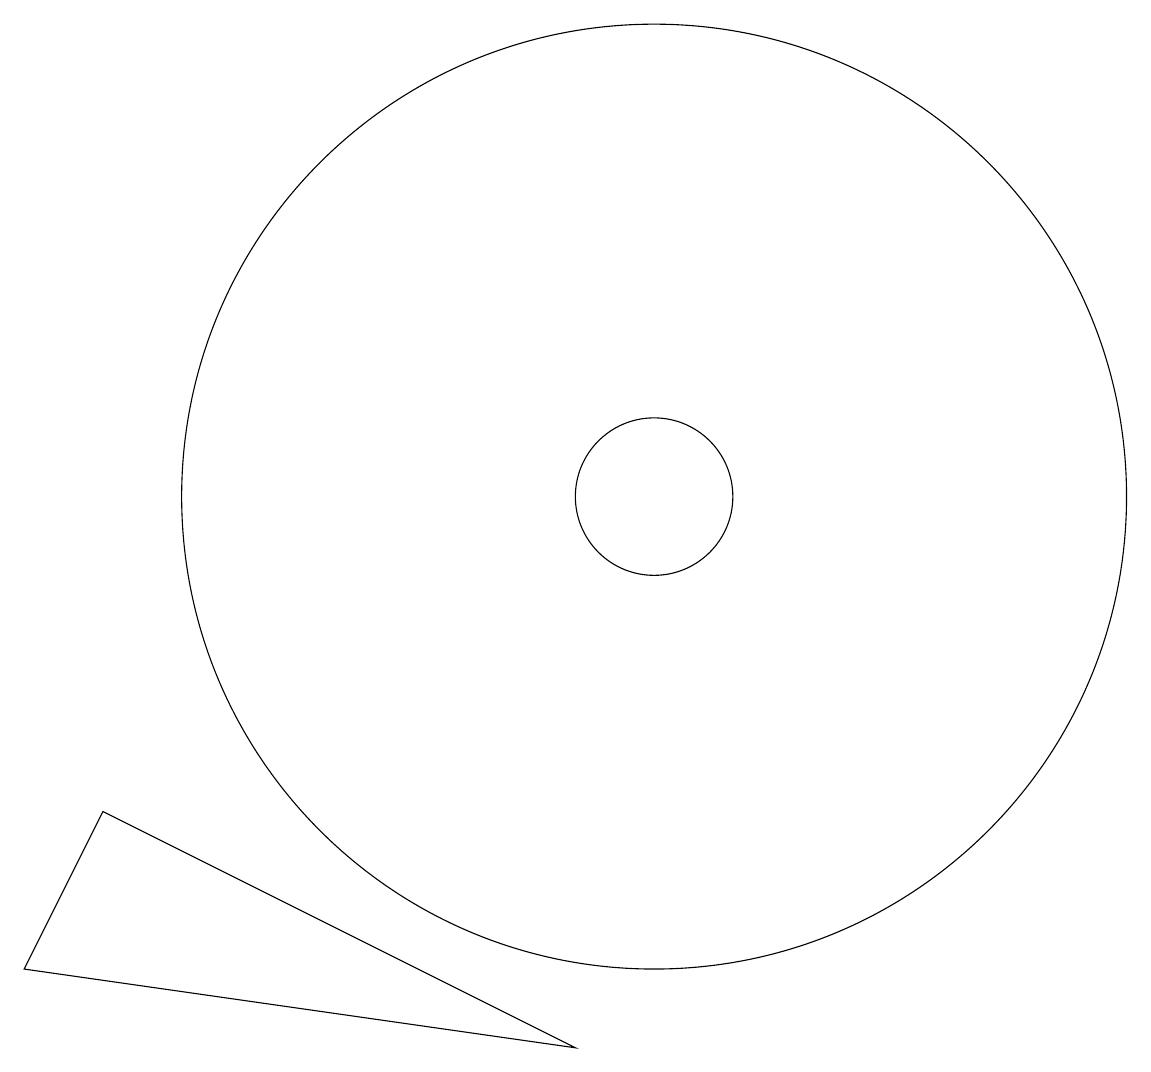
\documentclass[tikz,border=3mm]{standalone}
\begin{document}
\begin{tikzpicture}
\draw (10,10) circle (1);
\draw (9,3) -- (2,4) -- (3,6) -- cycle;
\draw (10,10) circle (6);
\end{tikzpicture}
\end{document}